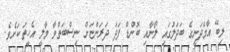
ލިބޭ އާމްދަނީގެ ބަދަލުގައި ލޯނާއި ބޮންޑް ފަދަ ދަރަންޏަށް ނިސްބަތްވާ މާލީ އެހީތަކަށެވެ.